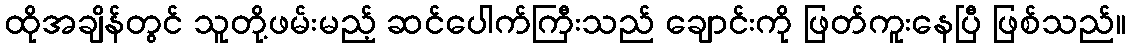
ထိုအချိန်တွင် သူတို့ဖမ်းမည့် ဆင်ပေါက်ကြီးသည် ချောင်းကို ဖြတ်ကူးနေပြီ ဖြစ်သည်။